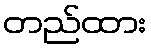
တည်ထား